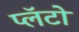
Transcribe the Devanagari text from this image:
प्लॅटो